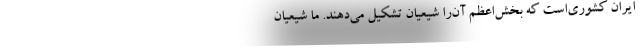
ایران کشوری‌است که بخش‌اعظم آن‌را شیعیان تشکیل می‌دهند. ما شیعیان